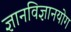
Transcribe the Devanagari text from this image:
ज्ञानविज्ञानयोग